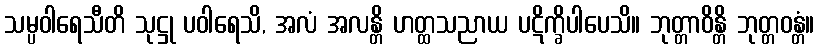
သမ္ပဝါရေသီတိ သုဋ္ဌု ပဝါရေသိ, အလံ အလန္တိ ဟတ္ထသညာယ ပဋိက္ခိပါပေသိ။ ဘုတ္တာဝိန္တိ ဘုတ္တဝန္တံ။